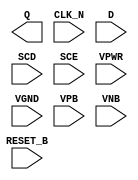
module sky130_fd_sc_hd__sdfrtn (
    Q      ,
    CLK_N  ,
    D      ,
    SCD    ,
    SCE    ,
    RESET_B,
    VPWR   ,
    VGND   ,
    VPB    ,
    VNB
);

    output Q      ;
    input  CLK_N  ;
    input  D      ;
    input  SCD    ;
    input  SCE    ;
    input  RESET_B;
    input  VPWR   ;
    input  VGND   ;
    input  VPB    ;
    input  VNB    ;
endmodule